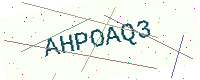
Text: AHPOAQ3